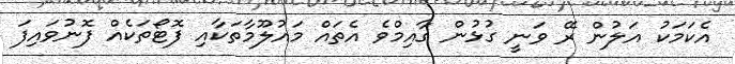
އެކަމަކު އަލުން ރޭ ވަނީ ގުޅުން ގާއިމްވެ އެތައް މައުލޫމާތަކާއި ފޮޓޯތަކެއް ފޮނުވައިފަ